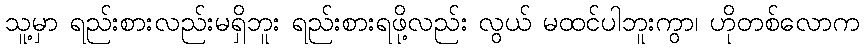
သူ့မှာ ရည်းစားလည်းမရှိဘူး ရည်းစားရဖို့လည်း လွယ် မထင်ပါဘူးကွာ၊ ဟိုတစ်လောက